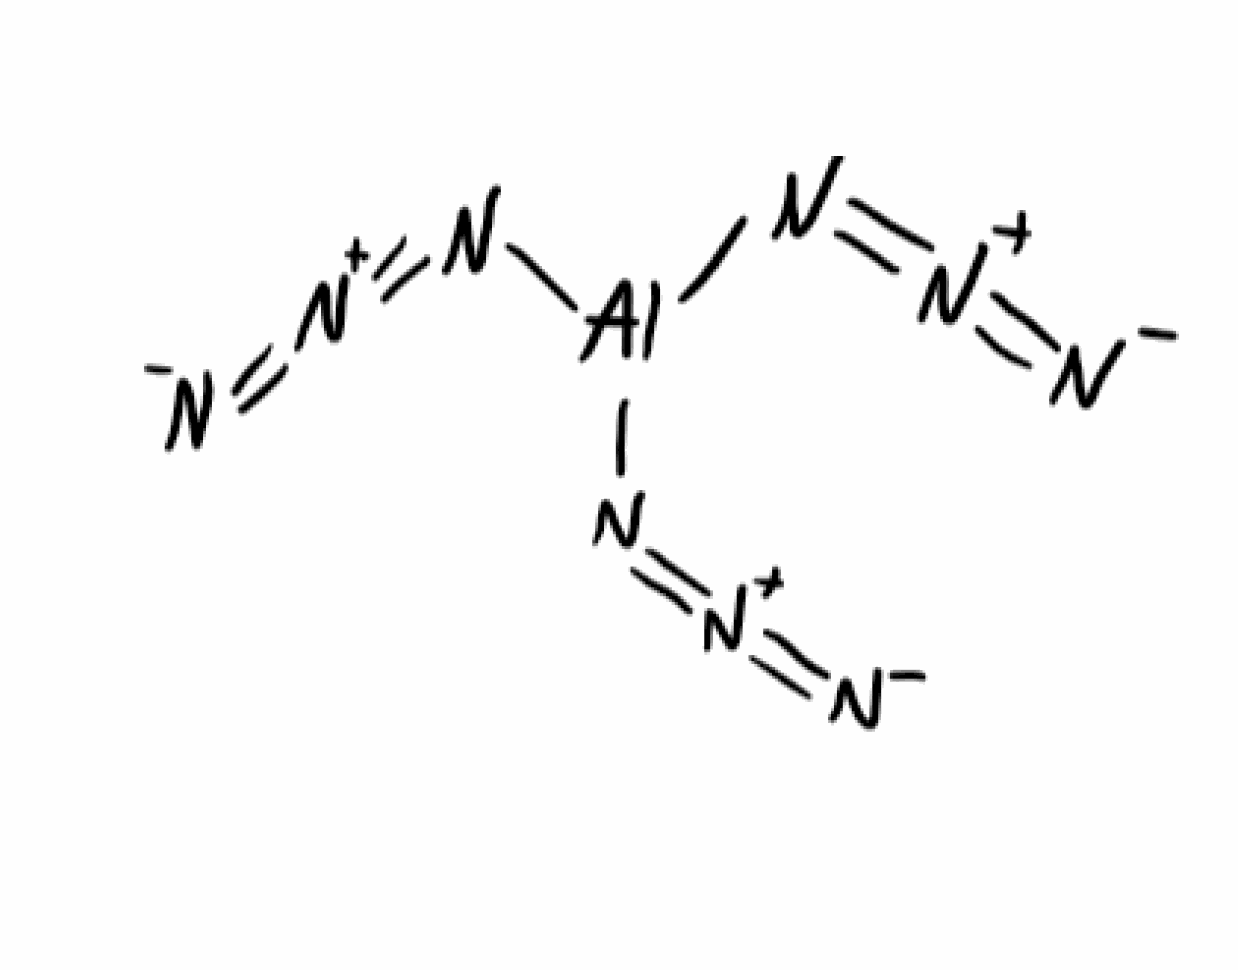
Simplified molecular-input line-entry system (SMILES) notation of the given molecule:
[N-]=[N+]=N[Al](N=[N+]=[N-])N=[N+]=[N-]